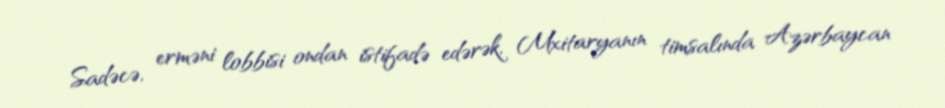
Sadəcə, erməni lobbisi ondan istifadə edərək, Mxitaryanın timsalında Azərbaycan